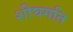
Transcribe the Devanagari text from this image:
शीघगति